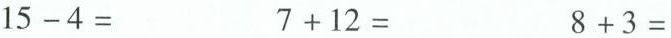
$$1 5 - 4 =$$ $$7 + 1 2 =$$ $$8 + 3 =$$